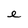
Character: e